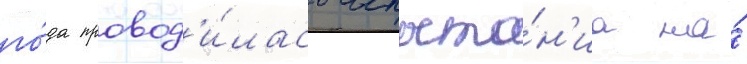
го́да провод'и́лась испыта́н'иа на́